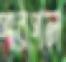
পারপল